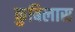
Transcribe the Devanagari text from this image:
कुबिलास